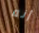
أنه